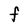
Character: F